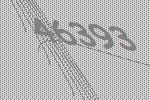
46393